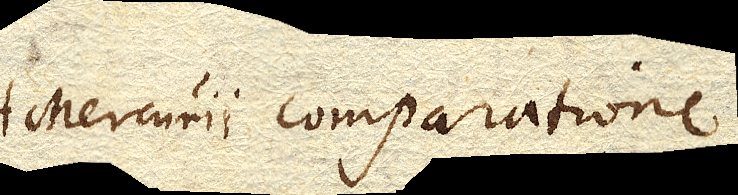
Mercurii comparatione